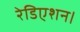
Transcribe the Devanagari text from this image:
रेडिएशन।